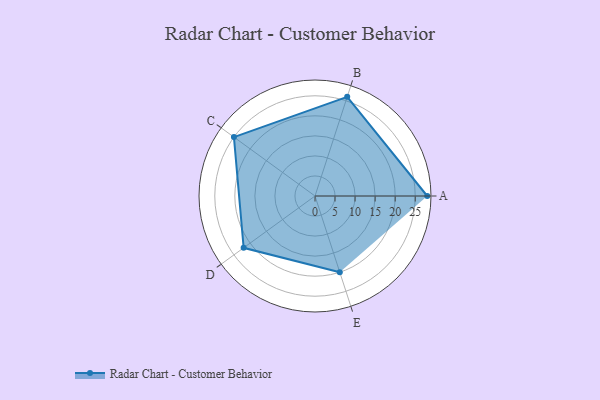
{"axis": {"x": "Skill", "y": "Score"}, "legend": ["Profile"], "data": [{"x": "A", "y": 28.0, "type": "Profile"}, {"x": "B", "y": 26.0, "type": "Profile"}, {"x": "C", "y": 25.0, "type": "Profile"}, {"x": "D", "y": 22.0, "type": "Profile"}, {"x": "E", "y": 20, "type": "Profile"}]}